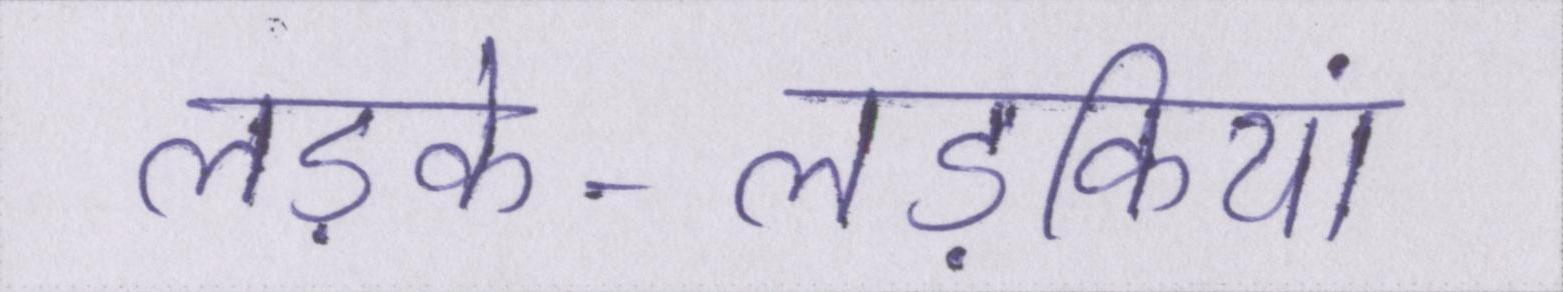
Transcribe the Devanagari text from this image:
लड़के-लड़कियां